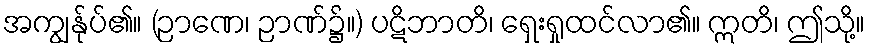
အကျွန်ုပ်၏။ (ဉာဏေ၊ ဉာဏ်၌။) ပဋိဘာတိ၊ ရှေးရှုထင်လာ၏။ ဣတိ၊ ဤသို့။